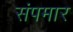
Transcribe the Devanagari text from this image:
संपमार